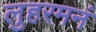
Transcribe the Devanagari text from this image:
लुहरमनं